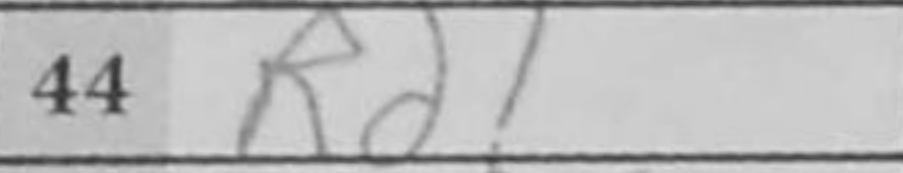
Transcription: Rd1